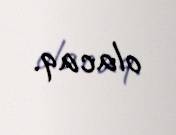
olacaq.